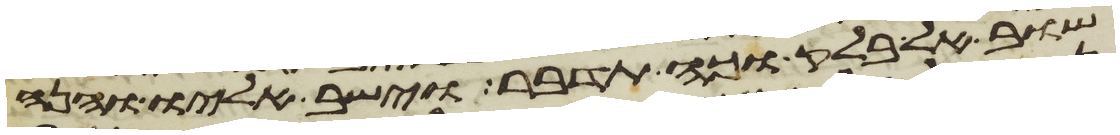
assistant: שוב אל בלק וכה תדבר וישב אליו והנה